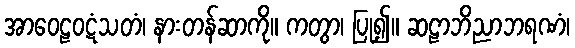
အာဝေဠဝဋံသတံ၊ နားတန်ဆာကို။ ကတွာ၊ ပြု၍။ ဆဠာဘိညာဘရဏံ၊